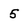
Character: 5